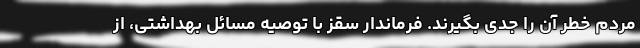
مردم خطر آن را جدی بگیرند. فرماندار سقز با توصیه مسائل بهداشتی، از